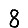
Digit: 8